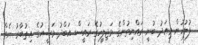
ފުލުހުން މިއަދު ބުނީ ރައްޔިތުންގެ މަޖިލީހުގެ ރައީސް އަބްދު މަސީހުގެ އިތުބާރު ނެތް